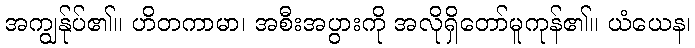
အကျွန်ုပ်၏။ ဟိတကာမာ၊ အစီးအပွားကို အလိုရှိတော်မူကုန်၏။ ယံယေန၊